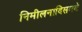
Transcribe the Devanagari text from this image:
निमीलनादिसमये